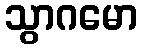
သွာဂမော